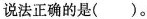
说法正确的是()。